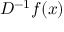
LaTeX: D ^ { - 1 } f ( x )